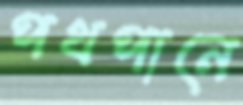
পথপানে